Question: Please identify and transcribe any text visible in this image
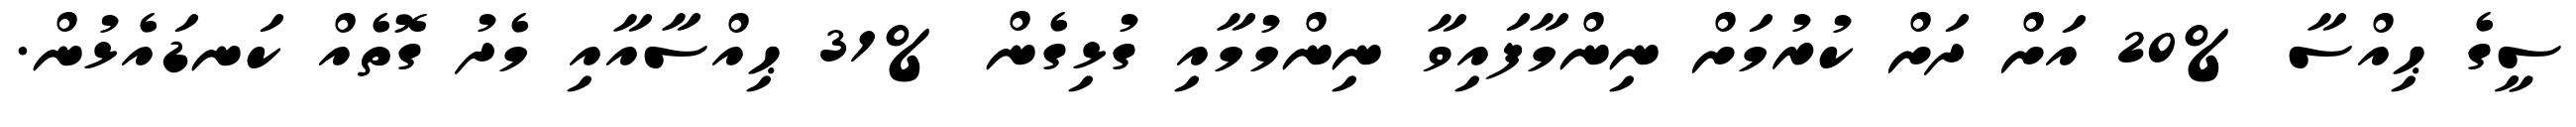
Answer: ސީގެ ޙިއްސާ %20 އަށް ދަށް ކުރުމަށް ނިންމާފައިވާ ނިންމުމާއި ގުޅިގެން %31 ޙިއްސާއާއި މެދު ގޮތެއް ކަނޑައެޅުން.